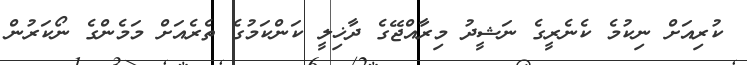
ކުރިއަށް ނިކުމެ ކެނެރީގެ ނަޝީދު މިރާއްޖޭގެ ދާޚިލީ ކަންކަމުގެ ތެރެއަށް މަމެންގެ ނޯކަރުން